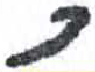
אות: כ